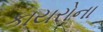
કાયરોના